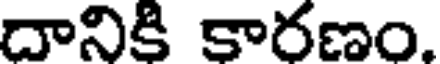
దానికి కారణం.